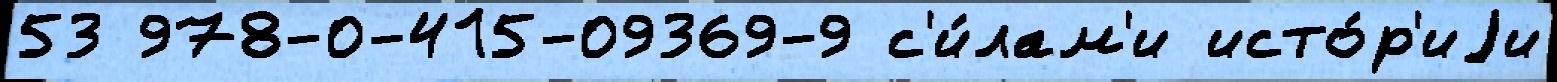
53 978-0-415-09369-9 с'и́лам'и исто́р'иjи